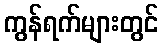
ကွန်ရက်များတွင်